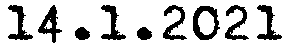
14.1.2021